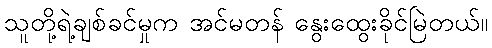
သူတို့ရဲ့ချစ်ခင်မှုက အင်မတန် နွေးထွေးခိုင်မြဲတယ်။